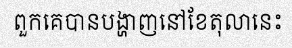
ពួកគេបានបង្ហាញនៅខែតុលានេះ